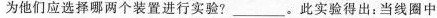
为他们应选择哪两个装置进行实验?___。此实验得出：当线圈中__